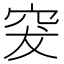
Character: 𥥛